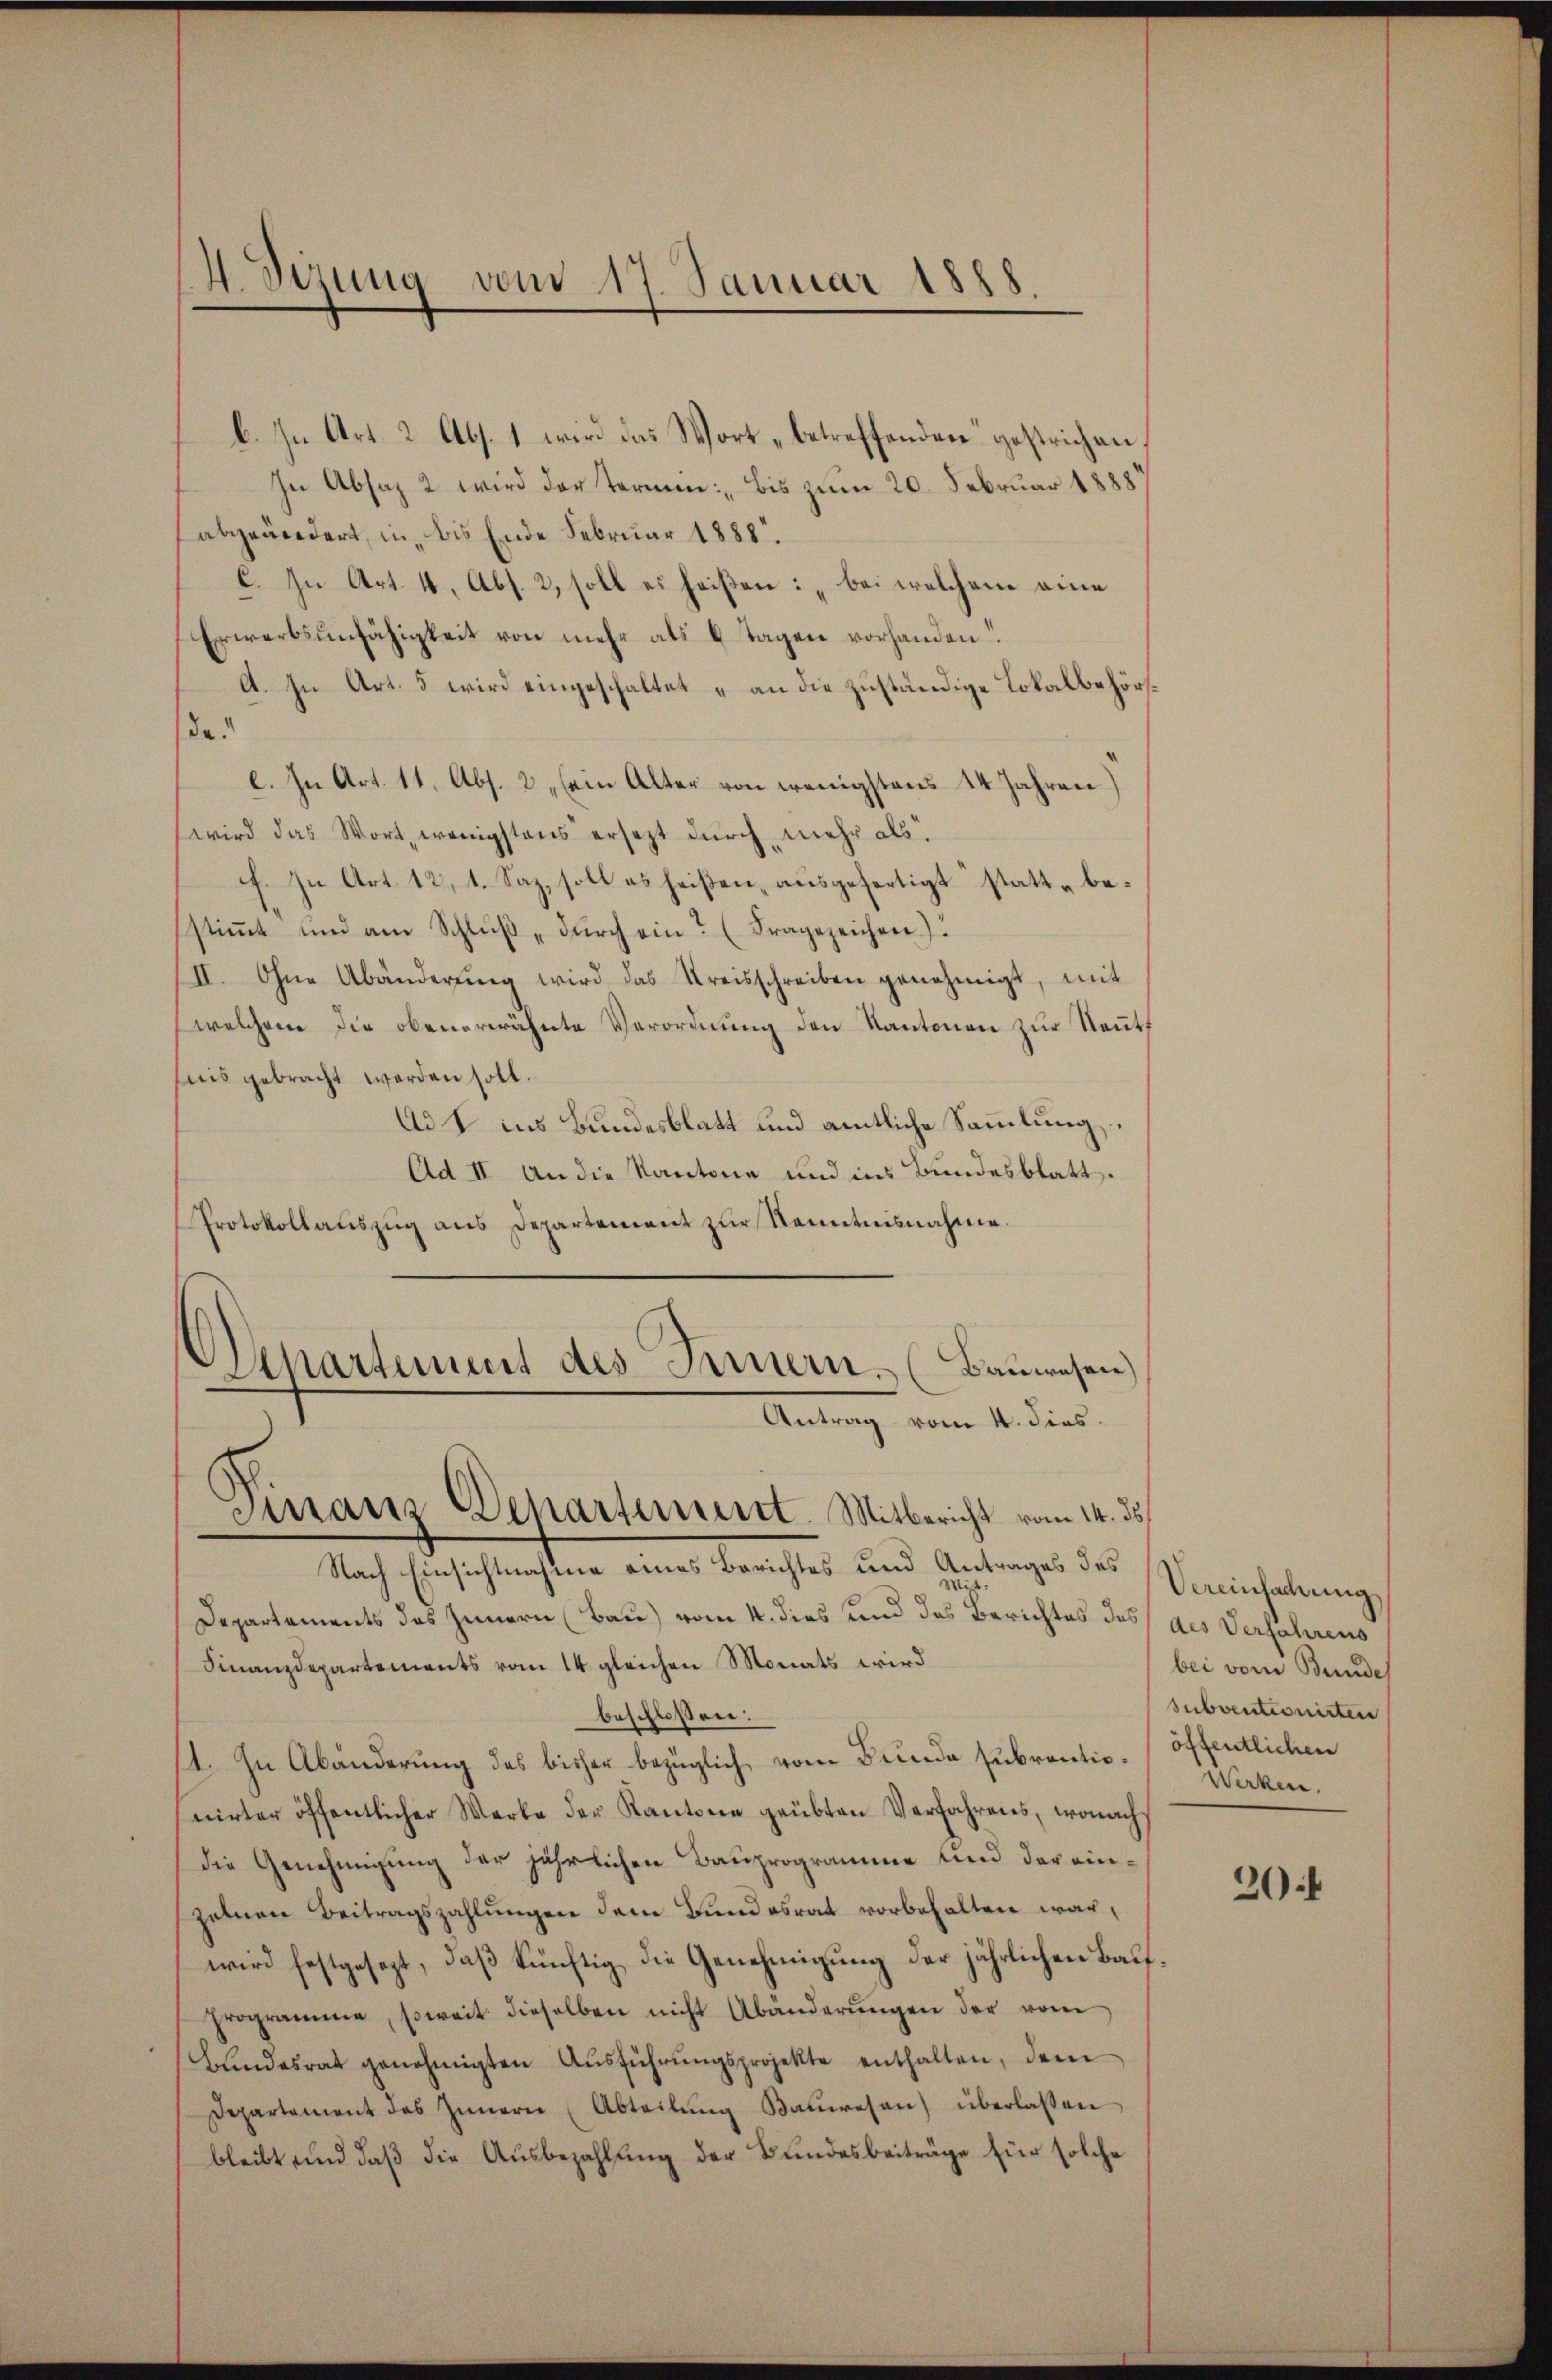
b. In Art. 2 Abs. 1 wird das Wort „betreffenden gestrichen,
In Absaz 2 wird der Termin: „Bis zum 20. Februar 1888
abgeändert, in bis Ende Februar 1888.
C. In Art. 4, Abs. 2, soll es heißen: „bei welchem eine
Erwerbsunfähigkeit von mehr als 8 Tagen vorhanden!
A. In Art. 5 wird eingeschaltet „an die zuständige Lokalbehörsda!
e. In Art. 11, Abs. 2 sein Alter von wenigstens 14 Jahren)
wird das Wort, wenigstens ersetzt durch mehr als
f. In Art. 12, 1. Saz, soll es heißen, ausgefertigt statte bestiṁt und am Schlŭβ dŭrch ein? (Fragezeichen).
III. Ohne Abänderŭng wird das Kreisschreiben genehmigt, mit
welchem die obenerwähnte Verordnung den Kantonen zur Neutt
nis gebracht werden soll.
Ad I ins Bundesblatt und amtliche Sammlung
Ad II. An die Kantone und ins Bundesblatt.
Protokollaŭszŭg ans Departement zur Kenntnisnahme.
Departement des Innern. (Bauwesen)
Antrag vom 4. dies.
Franz Departement. Mitbericht vom 14. ds.
Nach Einsichtnahme eines Berichtes und Antrages des Vereinfachung
Departements des Innern (Bau) vom 4. dies und das Berichtes des des Verfahrens
Finanzdepartements vom 14. gleichen Monats wird
beschlossen:
11. In Abänderung des bisher bezüglich vom Bunde subrontie. öffentlichen
nirter öffentlicher Werke der Kantone geübten Verfahrens, wonach
die Genehmigung der jährlichen Bauprogramme und der einzelnen Beitragszahlungen dem Bundesrat vorbehalten war,
wird festgesezt, daß künftig die Genehmigung der jährlichen Baufprogramme, soweit dieselben nicht Abänderŭngen der vom
Bŭndesrat genehmigten Aŭsführŭngsprojekte enthalten, dem
Departement des Innerei (Abteilŭng Baŭwesen) überlassen
bleibt und daß die Ausbezahlung der Bundesbeiträge für solche

4 Sizung vom 17. Januar 1888.

bei vom Bunde
subventionirten
Werken.

20